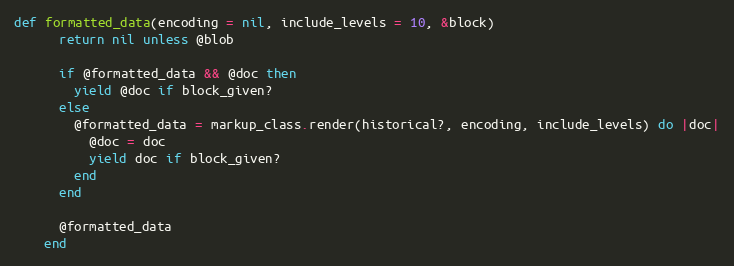
Language: Ruby
def formatted_data(encoding = nil, include_levels = 10, &block)
      return nil unless @blob

      if @formatted_data && @doc then
        yield @doc if block_given?
      else
        @formatted_data = markup_class.render(historical?, encoding, include_levels) do |doc|
          @doc = doc
          yield doc if block_given?
        end
      end

      @formatted_data
    end